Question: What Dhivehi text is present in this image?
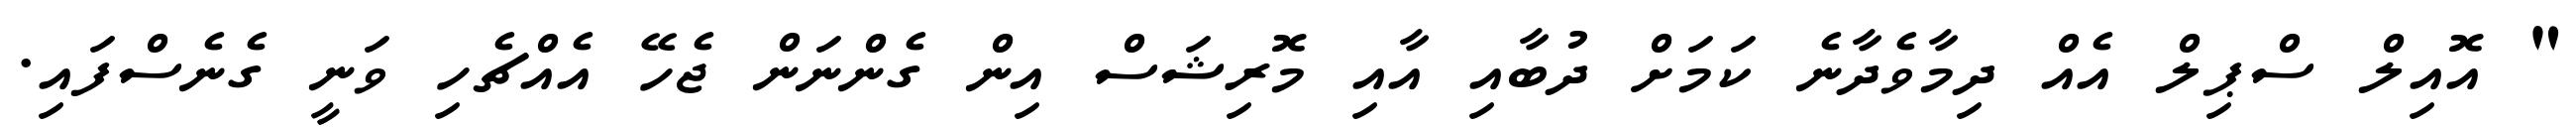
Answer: " އޮއިލް ސްޕިލް އެއް ދިމާވެދާނެ ކަމަށް ދުބާއި އާއި މޮރިޝަސް އިން ގެންނަން ޖެހޭ އެއްޗެހި ވަނީ ގެނެސްފައި.